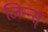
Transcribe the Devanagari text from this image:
जिन्न्स्